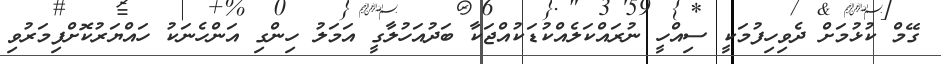
ގޭމް ކުޅުމަށް ދެވިހިފުމަކީ ސިއްހީ ނުރައްކަލެއްކުޑަކުއްޖަކާ ބަދުއަހުލާގީ އަމަލު ހިންގި އަންހެނަކު ހައްޔަރުކޮށްފިމަރުވި